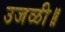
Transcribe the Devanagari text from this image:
उजळी॥